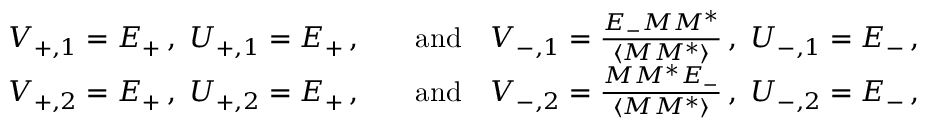
\begin{array} { r l } { V _ { + , 1 } = E _ { + } \, , \ U _ { + , 1 } = E _ { + } \, , \quad } & { \mathrm { a n d } \quad V _ { - , 1 } = \frac { E _ { - } M M ^ { * } } { \langle M M ^ { * } \rangle } \, , \ U _ { - , 1 } = E _ { - } \, , } \\ { V _ { + , 2 } = E _ { + } \, , \ U _ { + , 2 } = E _ { + } \, , \quad } & { \mathrm { a n d } \quad V _ { - , 2 } = \frac { M M ^ { * } E _ { - } } { \langle M M ^ { * } \rangle } \, , \ U _ { - , 2 } = E _ { - } \, , } \end{array}